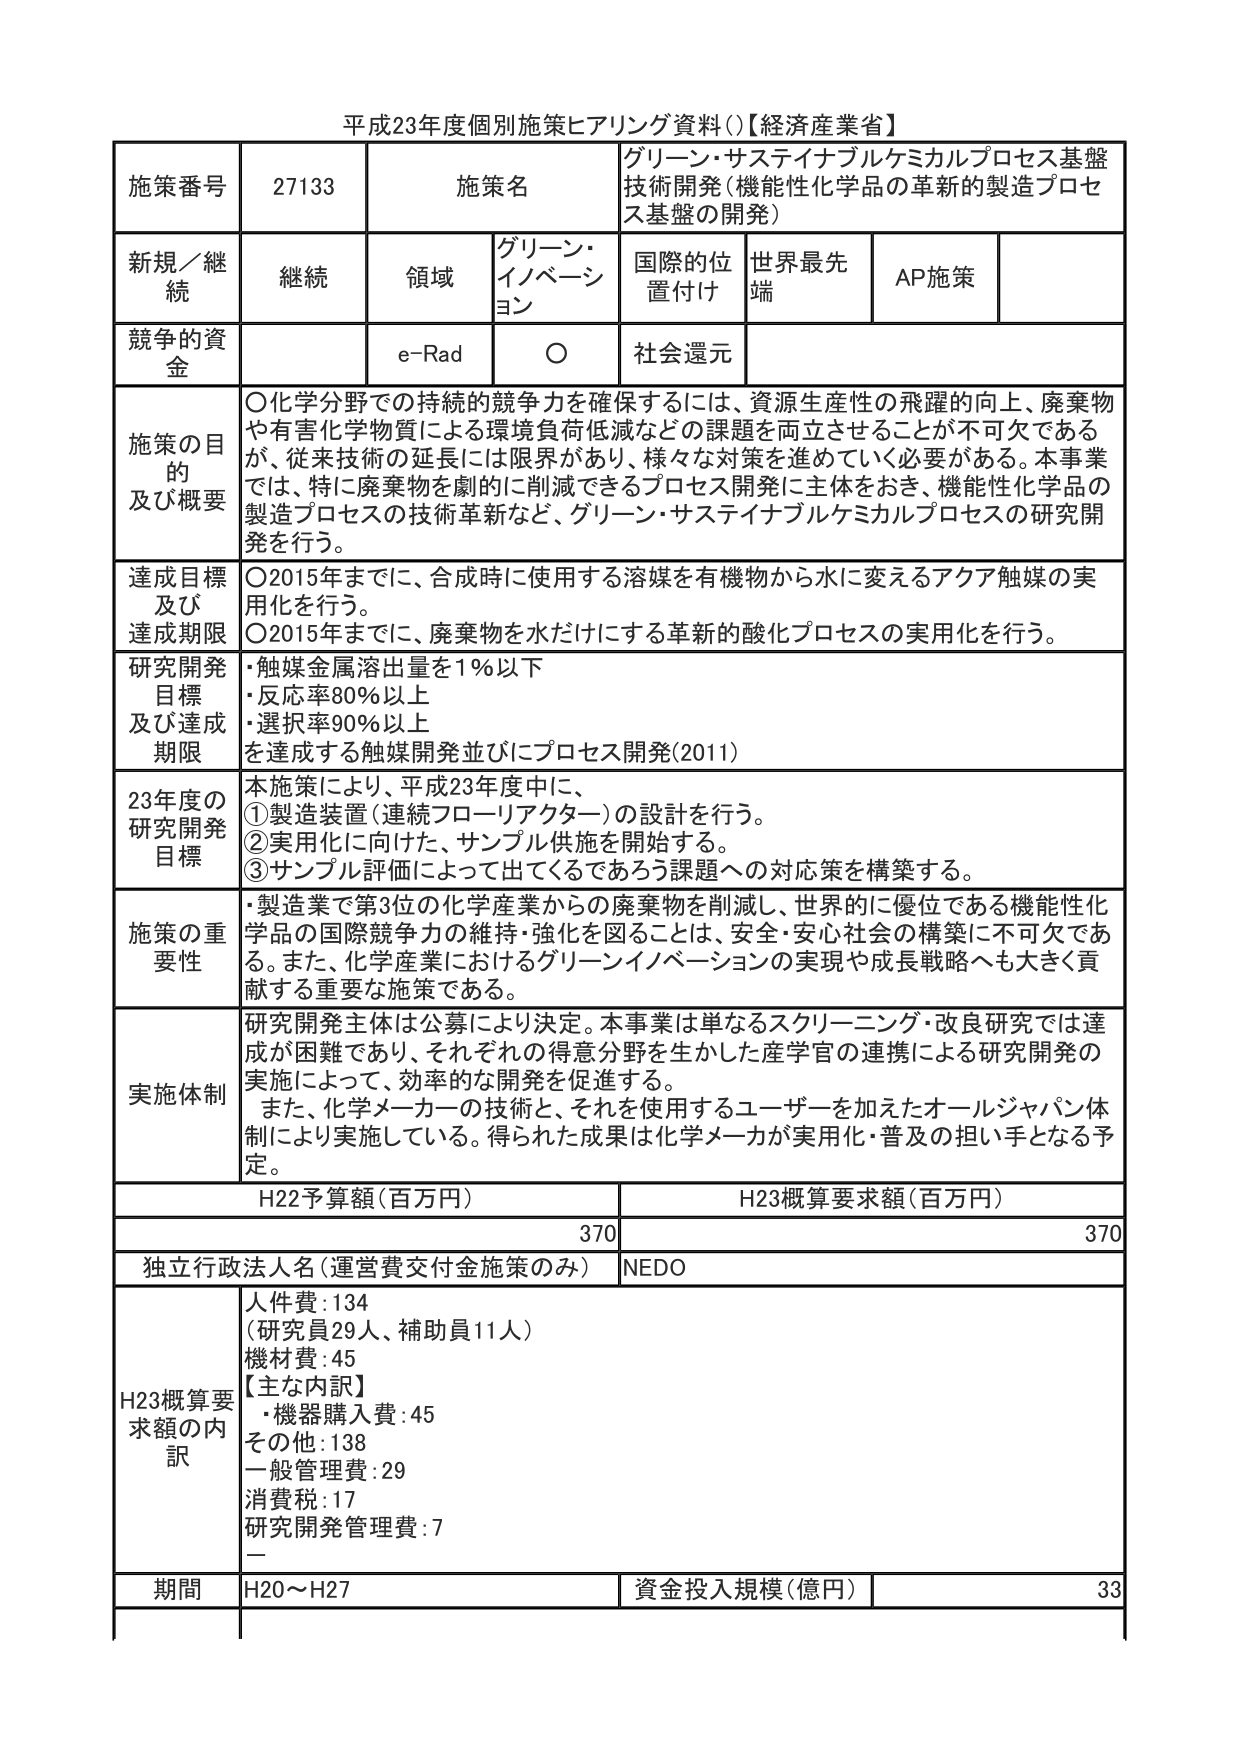
平成23年度個別施策ヒアリング資料()【経済産業省】

施策番号 27133 施策名 グリーン・サステイナブルケミカルプロセス基盤技術開発（機能性化学品の革新的製造プロセス基盤の開発）

新規／継続 継続 領域 グリーン・イノベーション 国際的位置付け 世界最先端 AP施策

競争的資金 e-Rad ○ 社会還元

施策の目的及び概要 ○化学分野での持続的競争力を確保するには、資源生産性の飛躍的向上、廃棄物や有害化学物質による環境負荷低減などの課題を両立させることが不可欠であるが、従来技術の延長には限界があり、様々な対策を進めていく必要がある。本事業では、特に廃棄物を劇的に削減できるプロセス開発に主体をおき、機能性化学品の製造プロセスの技術革新など、グリーン・サステイナブルケミカルプロセスの研究開発を行う。

達成目標及び達成期限 ○2015年までに、合成時に使用する溶媒を有機物から水に変えるアクア触媒の実用化を行う。 ○2015年までに、廃棄物を水だけにする革新的酸化プロセスの実用化を行う。

研究開発目標及び達成期限 ・触媒金属溶出量を1％以下 ・反応率80％以上 ・選択率90％以上 を達成する触媒開発並びにプロセス開発(2011)

23年度の研究開発目標 本施策により、平成23年度中に、 ①製造装置（連続フローリアクター）の設計を行う。 ②実用化に向けた、サンプル供施を開始する。 ③サンプル評価によって出てくるであろう課題への対応策を構築する。

施策の重要性 ・製造業で第3位の化学産業からの廃棄物を削減し、世界的に優位である機能性化学品の国際競争力の維持・強化を図ることは、安全・安心社会の構築に不可欠である。また、化学産業におけるグリーンイノベーションの実現や成長戦略へも大きく貢献する重要な施策である。

実施体制 研究開発主体は公募により決定。本事業は単なるスクリーニング・改良研究では達成が困難であり、それぞれの得意分野を生かした産学官の連携による研究開発の実施によって、効率的な開発を促進する。 また、化学メーカーの技術と、それを使用するユーザーを加えたオールジャパン体制により実施している。得られた成果は化学メーカが実用化・普及の担い手となる予定。

H22予算額（百万円） H23概算要求額（百万円） 370 370

独立行政法人名（運営費交付金施策のみ） NEDO

H23概算要求額の内訳 人件費：134 （研究員29人、補助員11人） 機材費：45 【主な内訳】 ・機器購入費：45 その他：138 一般管理費：29 消費税：17 研究開発管理費：7 ー

期間 H20～H27 資金投入規模（億円） 33